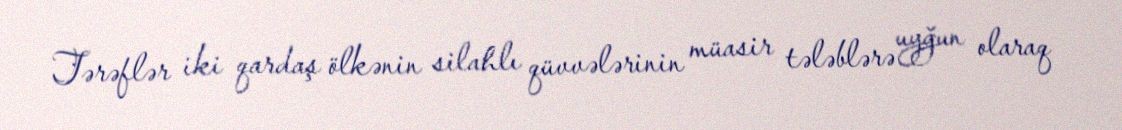
Tərəflər iki qardaş ölkənin silahlı qüvvələrinin müasir tələblərə uyğun olaraq